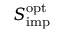
S _ { \mathrm { i m p } } ^ { \mathrm { o p t } }